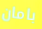
بامان